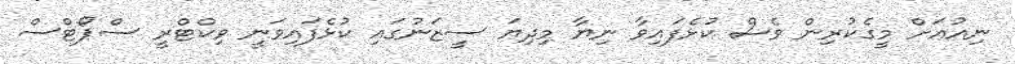
ނިއުއަށް މީގެކުރިން ވެސް ކުޅެފައިވާ ނިޔާ މިދިޔަ ސީޒަނުގައި ކުޅެފައިވަނީ ވިކްޓްރީ ސްޕޯޓްސް